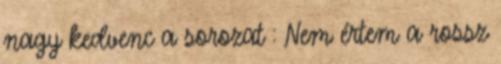
nagy kedvenc a sorozat : Nem értem a rossz